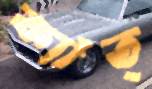
ক্যাঁত্